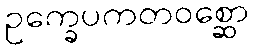
ဥက္ခေပကတဝစ္ဆော